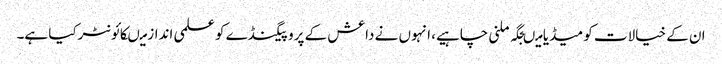
ان کے خیالات کو میڈیا میںجگہ ملنی چاہیے، انہوں نے داعش کے پروپیگنڈے کو علمی انداز میںکائونٹرکیا ہے۔